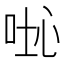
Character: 𠴤